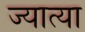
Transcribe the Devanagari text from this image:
ज्यात्या